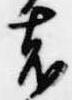
者